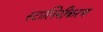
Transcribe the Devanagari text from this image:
स्टालिनीकरण